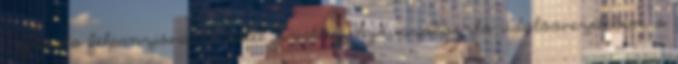
3 éjszaka félpanzióval A Hotel Kristály Hajdúszoboszló üdülőövezetében, a